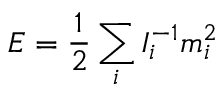
E = \frac 1 2 \sum _ { i } I _ { i } ^ { - 1 } m _ { i } ^ { 2 }